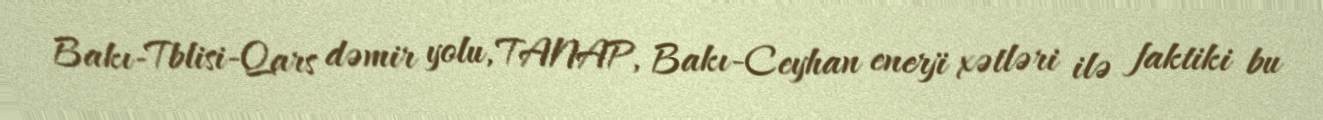
Bakı-Tblisi-Qars dəmir yolu, TANAP, Bakı-Ceyhan enerji xətləri ilə faktiki bu